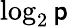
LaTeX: \log_{2}\mathsf{p}